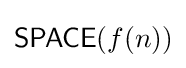
{\mathsf {SPACE}}(f(n))